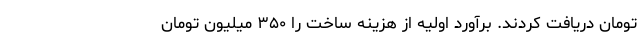
تومان دریافت کردند. برآورد اولیه از هزینه ساخت را ۳۵۰ میلیون تومان